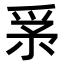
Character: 𤔍